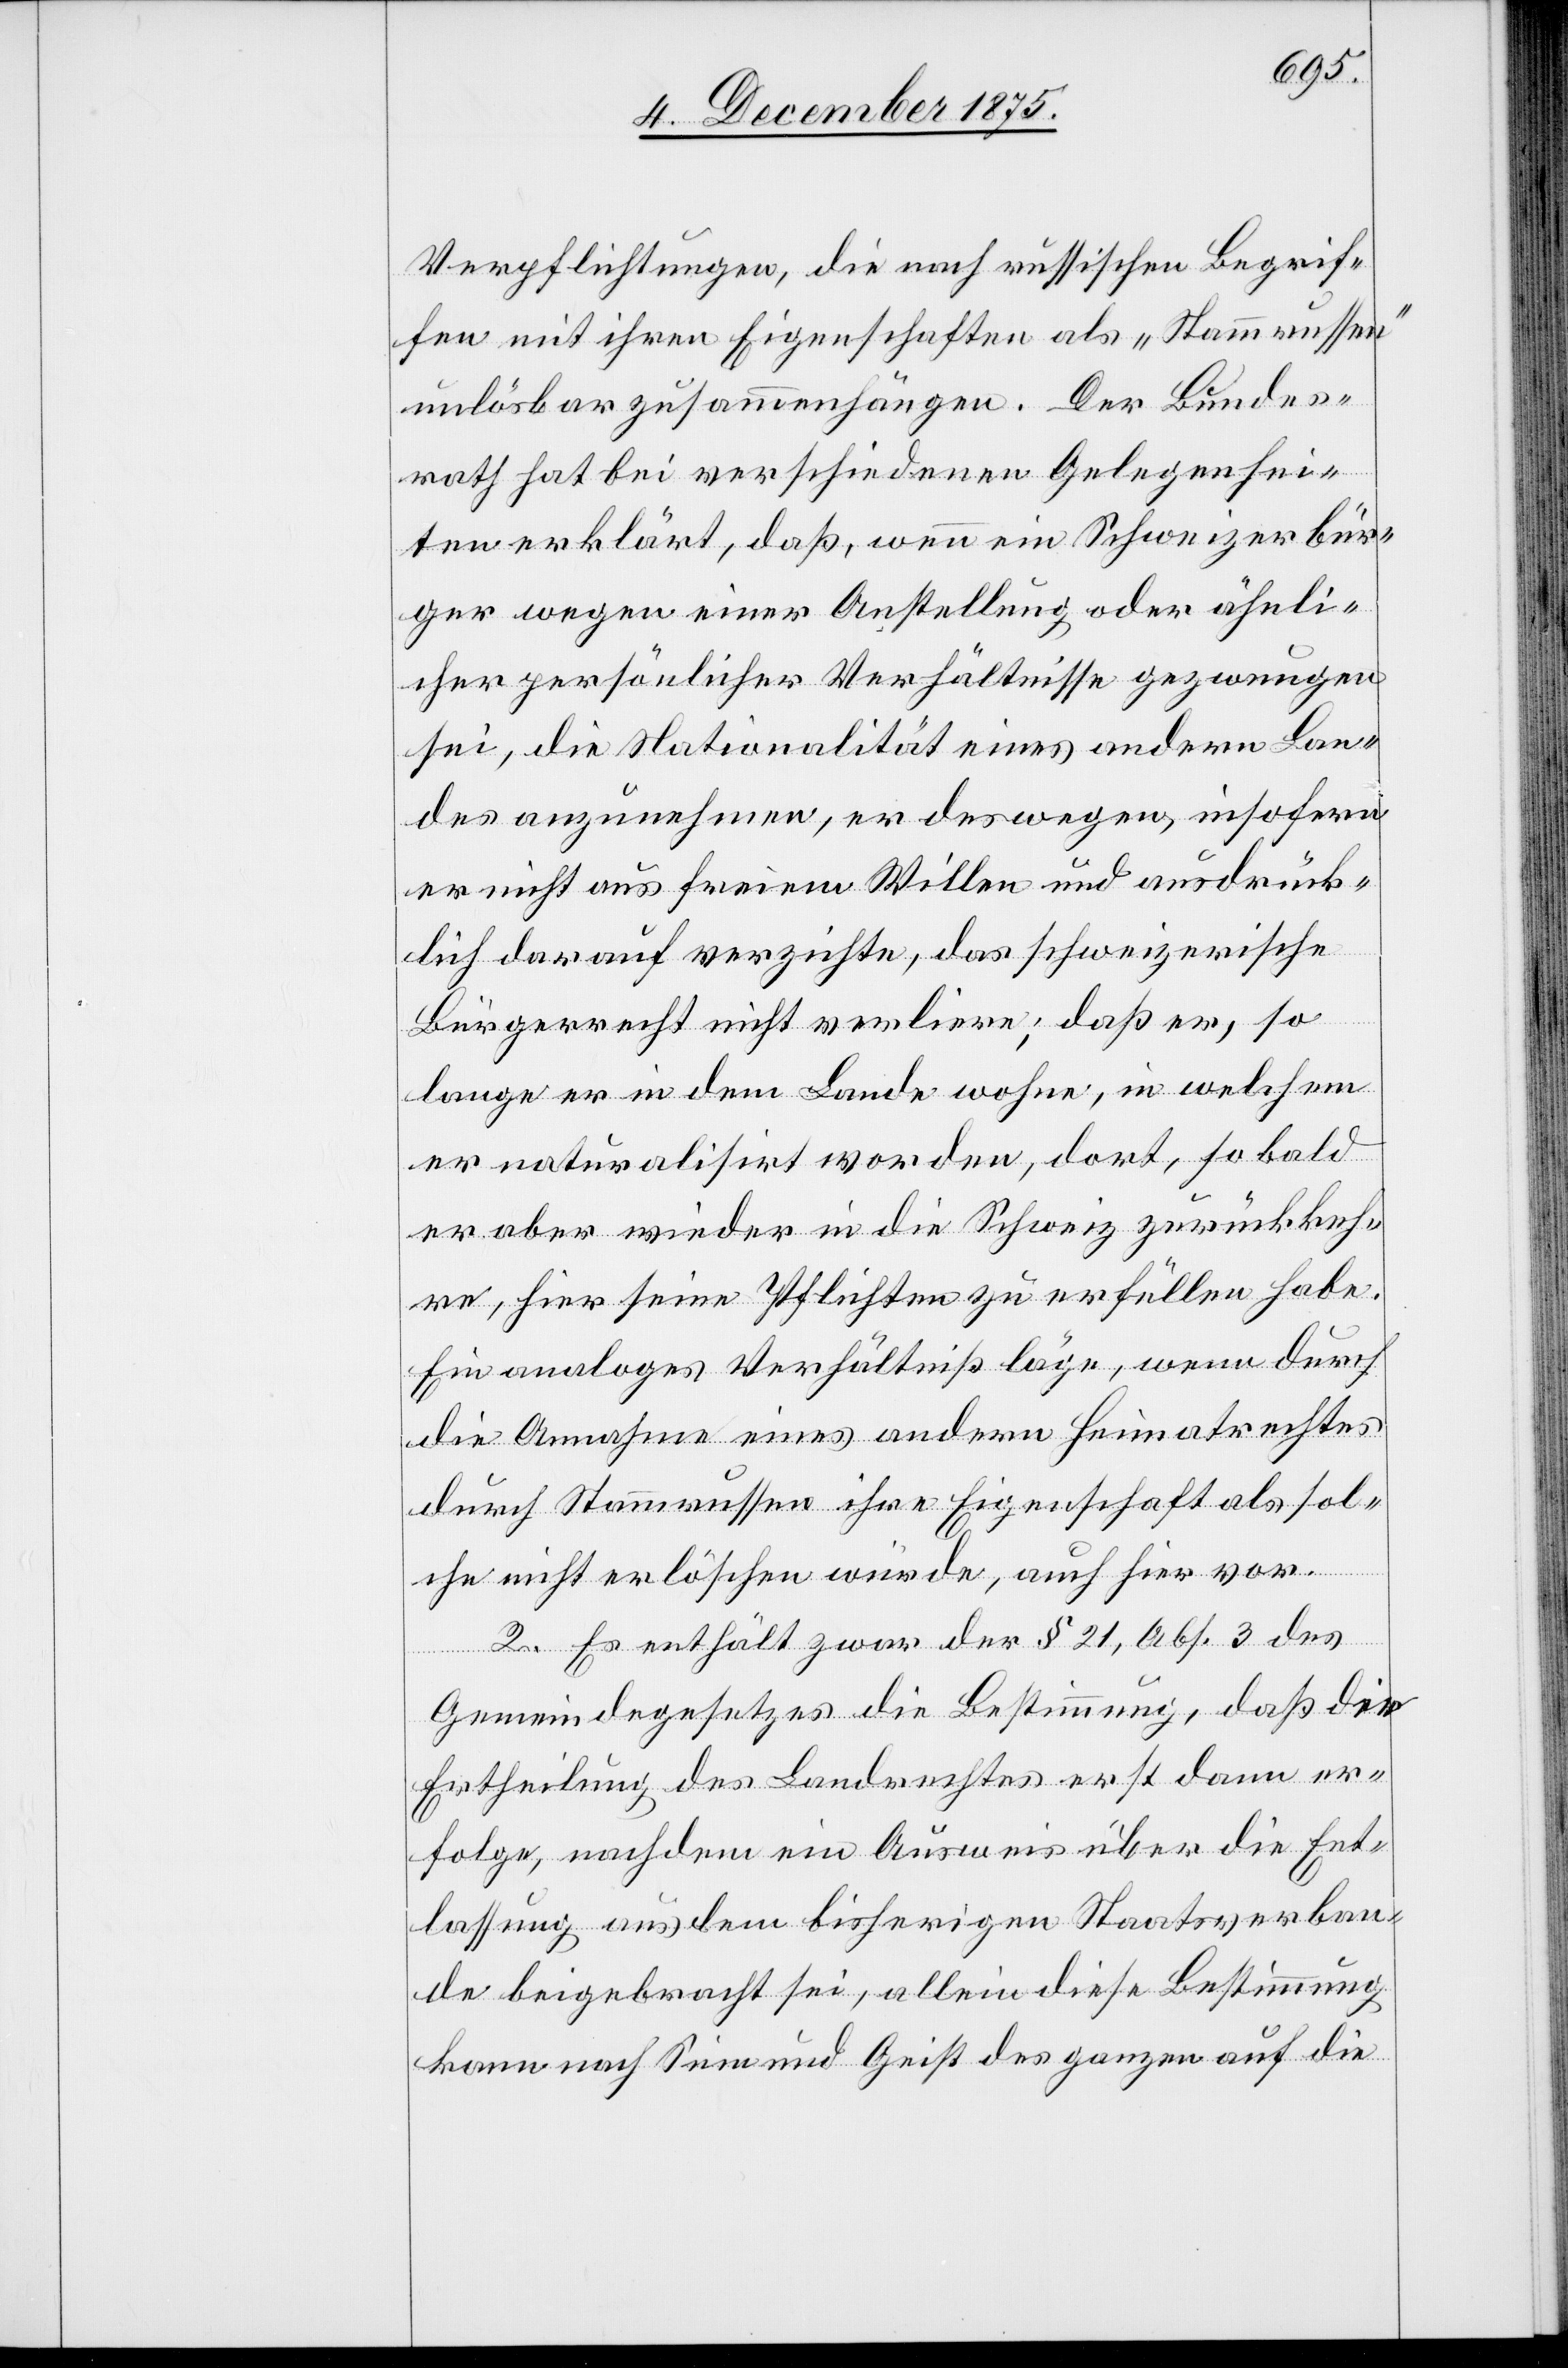
Verpflichtungen, die nach russischen Begrif¬
fen mit ihren Eigenschaften als „Stammrussen“
unlösbar zusammenhängen. Der Bundes¬
rath hat bei verschiedenen Gelegenhei¬
ten erklärt, daß, wenn ein Schweizerbür¬
ger wegen einer Anstellung oder ähnli¬
cher persönlicher Verhältnisse gezwungen
sei, die Nationalität eines andern Lan¬
des anzunehmen, er deswegen, insofern
er nicht aus freiem Willen und ausdrück¬
lich darauf verzichte, das schweizerische
Bürgerrecht nicht verliere; daß er, so
lange er in dem Lande wohne, in welchem
er naturalisirt worden, dort, sobald
er aber wieder in die Schweiz zurückkeh¬
re, hier seine Pflichten zu erfüllen habe.
Ein analoges Verhältniß läge, wenn durch
die Annahme eines andern Heimatrechtes
durch Stammrussen ihre Eigenschaft als sol¬
che nicht erlöschen würde, auch hier vor.
2. Es enthält zwar der § 21, Abs. 3 des
Gemeindegesetzes die Bestimmung, daß die
Ertheilung des Landrechtes erst dann er¬
folge, nachdem ein Ausweis über die Ent¬
lassung aus dem bisherigen Staatsverban¬
de beigebracht sei, allein diese Bestimmung
kann nach Sinn und Geist des ganzen auf die